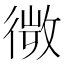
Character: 𢕄